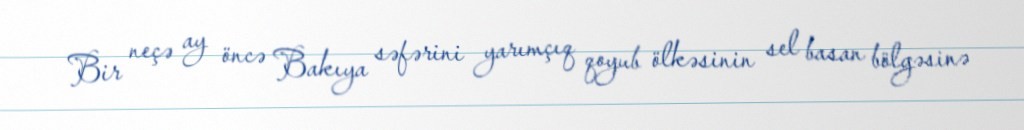
Bir neçə ay öncə Bakıya səfərini yarımçıq qoyub ölkəsinin sel basan bölgəsinə